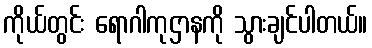
ကိုယ်တွင်း ရောဂါကုဌာနကို သွားချင်ပါတယ်။